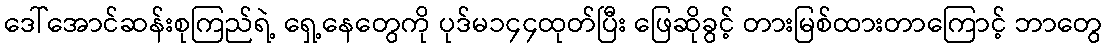
ဒေါ်အောင်ဆန်းစုကြည်ရဲ့ ရှေ့နေတွေကို ပုဒ်မ၁၄၄ထုတ်ပြီး ဖြေဆိုခွင့် တားမြစ်ထားတာကြောင့် ဘာတွေ